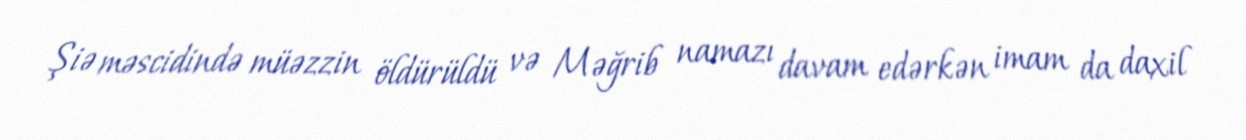
Şiə məscidində müəzzin öldürüldü və Məğrib namazı davam edərkən imam da daxil